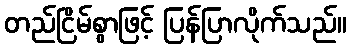
တည်ငြိမ်စွာဖြင့် ပြန်ပြာလိုက်သည်။